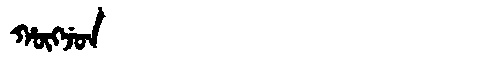
Manchu: ᡥᡡᡴᠵᡠᠨ
Romanization: HŪKJUN